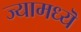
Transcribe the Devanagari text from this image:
ज्यामध्यॆ